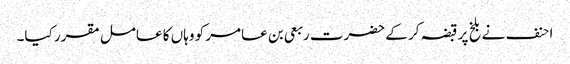
احنف نے بلخ پر قبضہ کر کے حضرت ربعی بن عامر کو وہاں کا عامل مقرر کیا۔